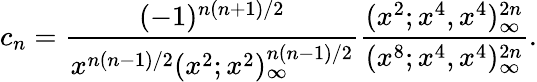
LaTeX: c_{n}=\frac{(-1)^{n(n+1)/2}}{x^{n(n-1)/2}(x^{2};x^{2})_{\infty}^{n(n-1)/2}}\frac{(x^{2};x^{4},x^{4})_{\infty}^{2n}}{(x^{8};x^{4},x^{4})_{\infty}^{2n}}.